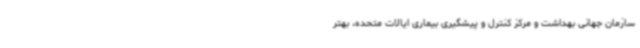
سازمان جهانی بهداشت و مرکز کنترل و پیشگیری بیماری ایالات متحده، بهتر